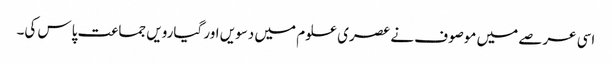
اسی عرصے میں موصوف نے عصری علوم میں دسویں اور گیارویں جماعت پاس کی۔